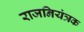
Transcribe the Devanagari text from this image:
राजनियंत्रक